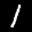
Label: 1